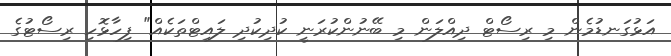
އަޅުގަނޑުމެން މި ރިސޯޓް ދިއްލަން މި ބޭނުންކުރަނީ ކުދިކުދި ލައިޓްތަކެއް" ފިހާޅޮހި ރިސޯޓުގެ